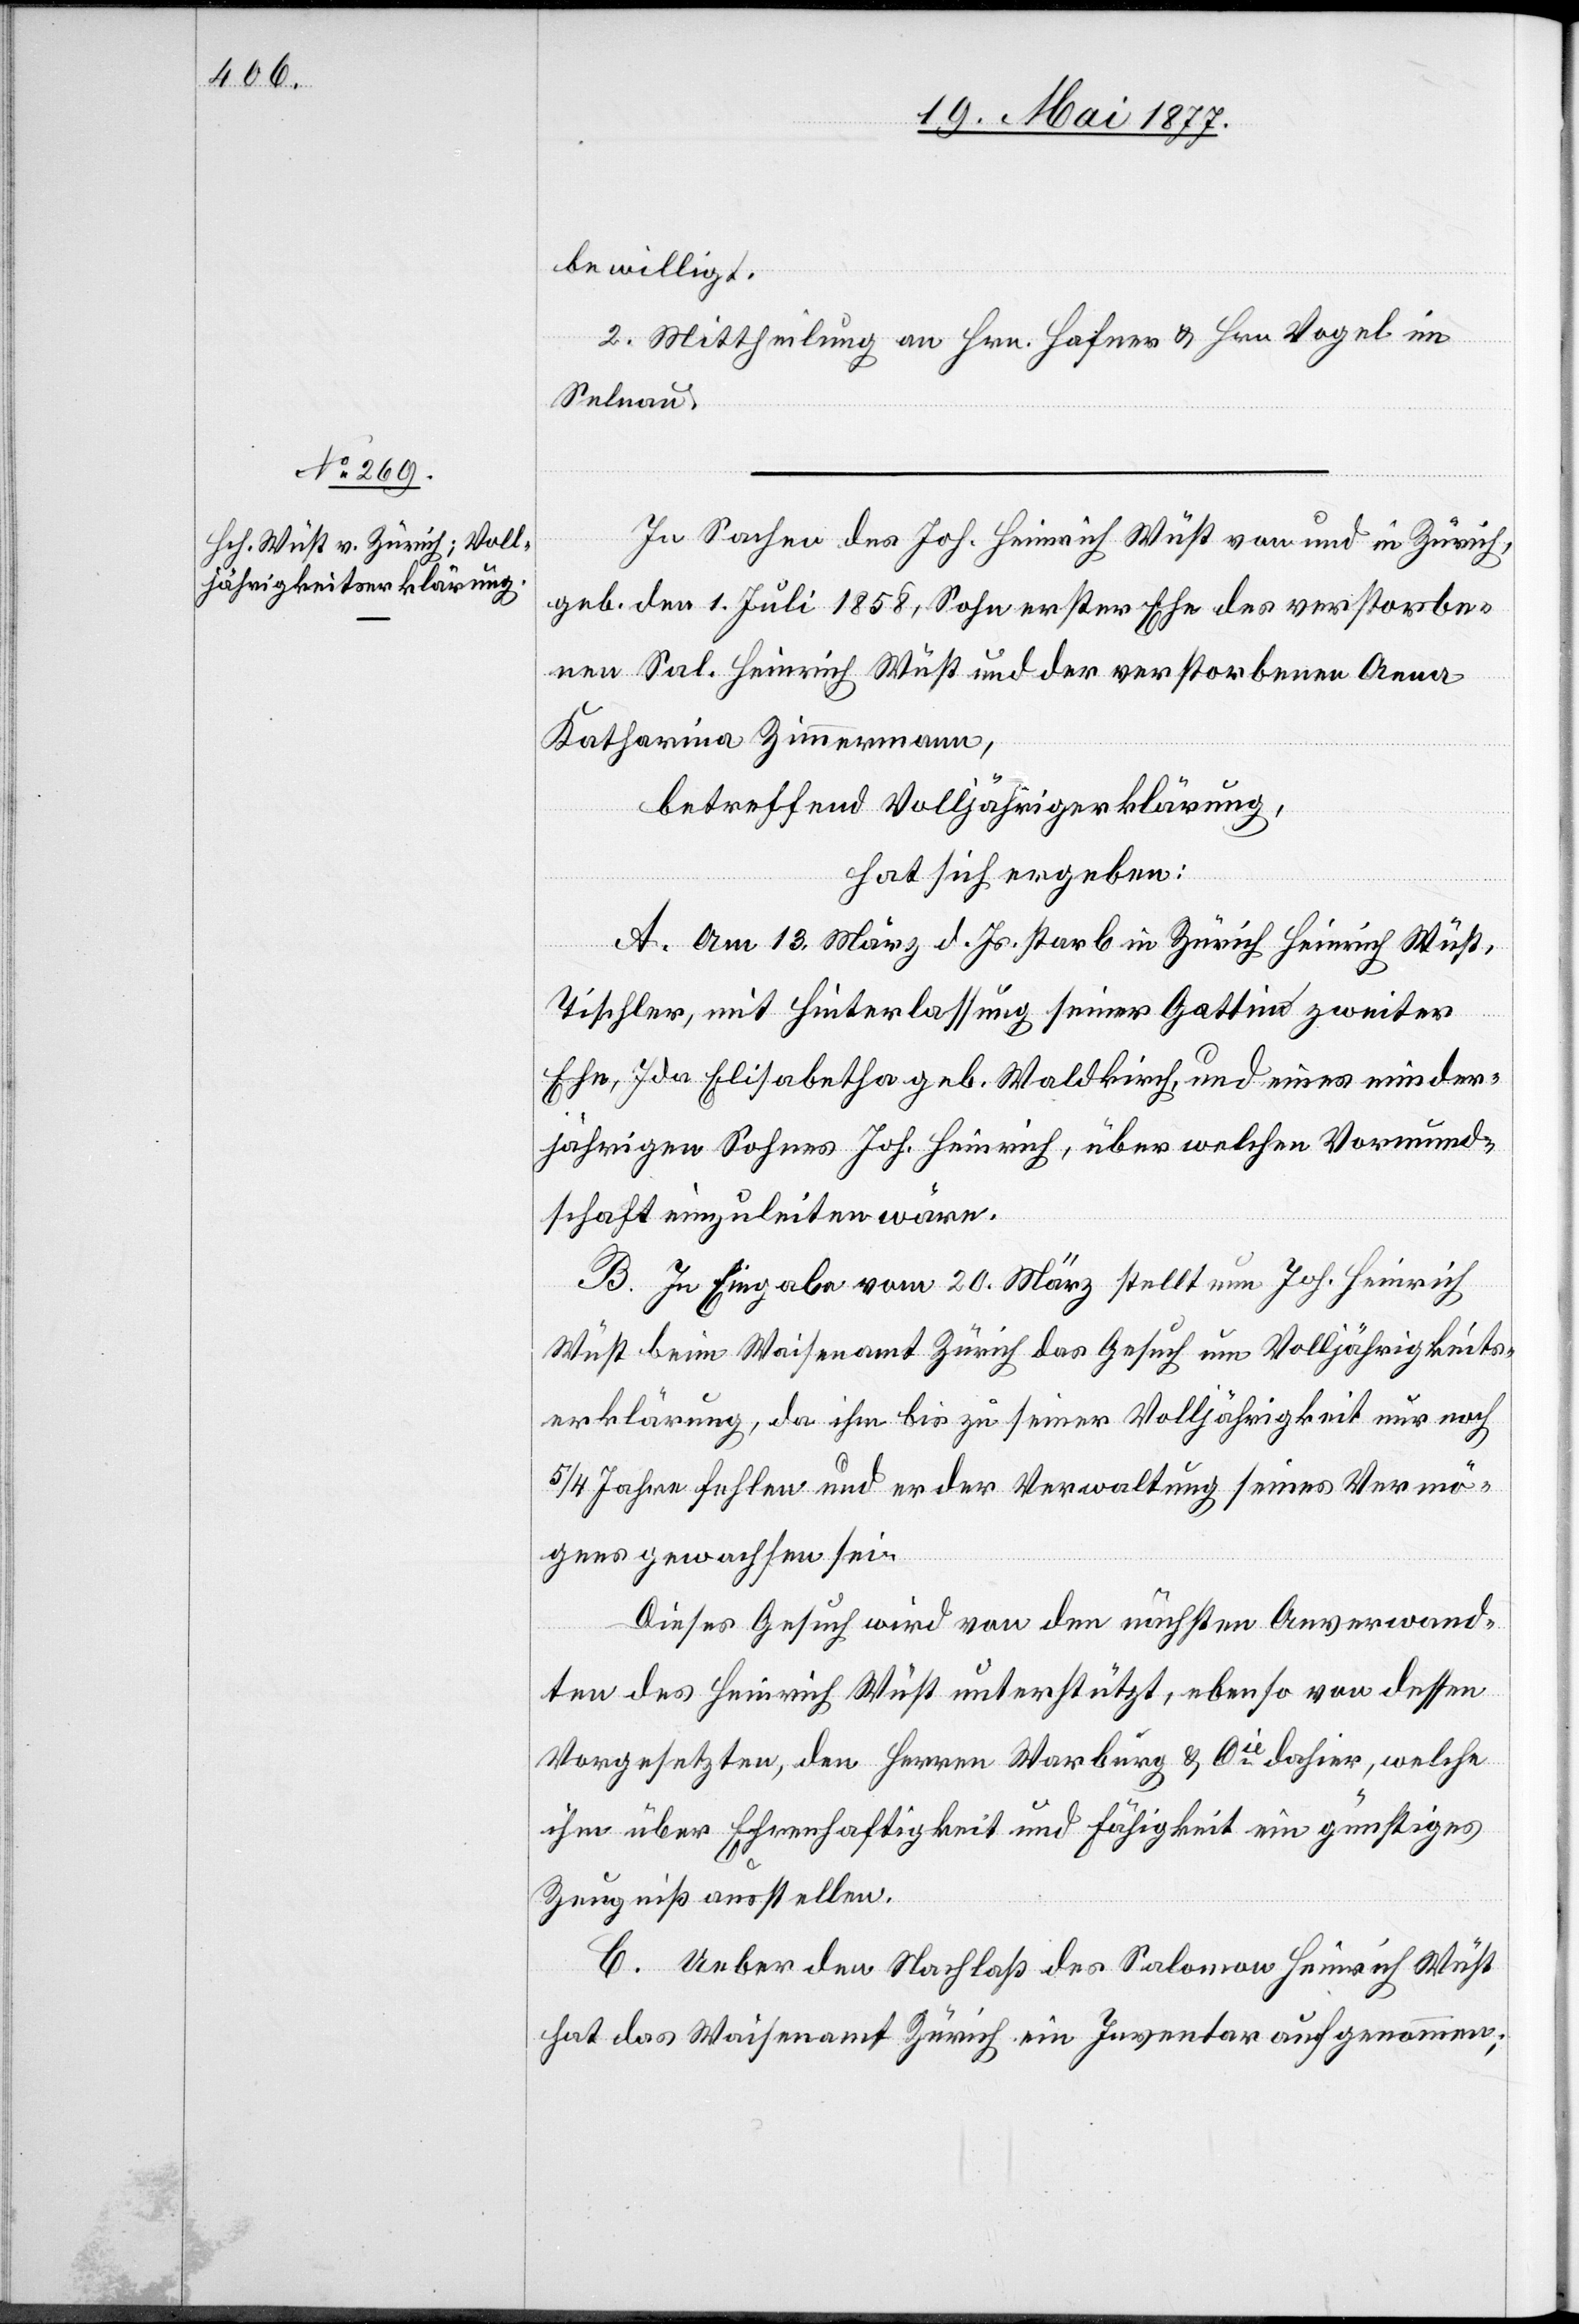
bewilligt.
2. Mittheilung an Hrn. Hafner & Hrn. Vogel im
Selnau
In Sachen des Joh. Heinrich Wüst von und in Zürich,
geb. den 1. Juni 1858, Sohn erster Ehe des verstorbe¬
nen Sal. Heinrich Wüst und der verstorbenen Anna
Katharina Zimmermann,
betreffend Volljährigerklärung,
hat sich ergeben:
A. Am 13. März d. Js. starb in Zürich Heinrich Wüst,
Tischler, mit Hinterlassung seiner Gattin zweiter
Ehe, Ida Elisabetha geb. Waldkirch, und eines minder¬
jährigen Sohnes Joh. Heinrich, über welchen Vormund¬
schaft einzuleiten wäre.
B. In Eingabe vom 20. März stellt nun Joh. Heinrich
Wüst beim Waisenamt Zürich das Gesuch um Volljährig¬
erklärung, da ihm bis zu seiner Volljährigkeit nur noch
5/4 Jahre fehlen und er der Verwaltung seines Vermö¬
gens gewachsen sei.
Dieses Gesuch wird von den nächsten Anverwand¬
ten des Heinrich Wüst unterstützt, ebenso von dessen
Vorgesetzten, den Herren Warburg & Cie dahier, welche
ihm über Ehrenhaftigkeit und Fähigkeit ein günstiges
Zeugniß ausstellen.
C. Ueber den Nachlaß des Salomon Heinrich Wüst
hat das Waisenamt Zürich ein Inventar aufgenommen;